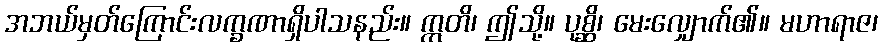
အဘယ်မှတ်ကြောင်းလက္ခဏာရှိပါသနည်း။ ဣတိ၊ ဤသို့။ ပုစ္ဆိ၊ မေးလျှောက်၏။ မဟာရာဇ၊